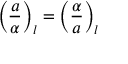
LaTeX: \left( { \frac { a } { \alpha } } \right) _ { l } = \left( { \frac { \alpha } { a } } \right) _ { l }